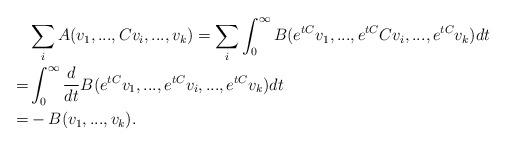
LaTeX: \begin{align*}&\sum_i A(v_1,...,Cv_i,...,v_k)=\sum_i \int_0^\infty B(e^{tC}v_1,...,e^{tC}Cv_i,...,e^{tC}v_k) dt\\=&\int_0^\infty \frac{d}{dt}B(e^{tC}v_1,...,e^{tC}v_i,...,e^{tC}v_k) dt\\=&-B(v_1,...,v_k).\end{align*}